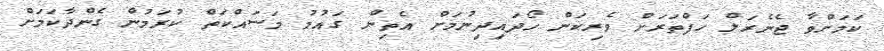
ކަމަށްވާ ޖެނެރަލް ހަފްތަރަށް ވެރިކަން ހޯދައިދިނުމަށް އެތިން ގައުމު މަސައްކަތް ކުރަމުން ގެންދާކަމަށް